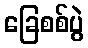
ခြေစစ်ပွဲ